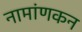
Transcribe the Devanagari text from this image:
नामांणकन